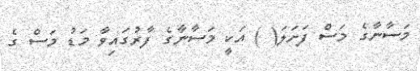
މަސާނާގެ މަސް ފަށަލަ( ) އަކީ މަސާނާގެ ފާރުގައިވާ މަޑު މަސް ގެ